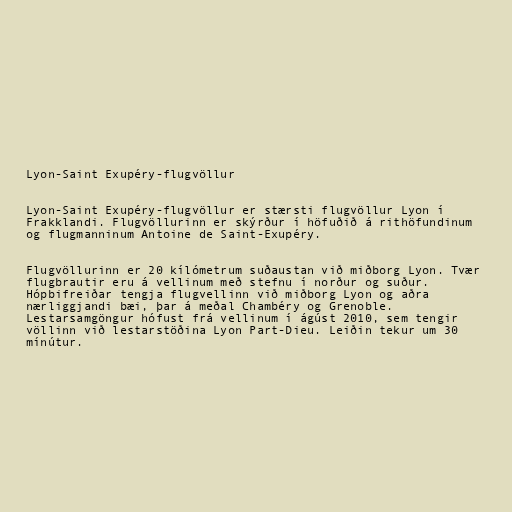
Lyon-Saint Exupéry-flugvöllur

Lyon-Saint Exupéry-flugvöllur er stærsti flugvöllur Lyon í
Frakklandi. Flugvöllurinn er skýrður í höfuðið á rithöfundinum
og flugmanninum Antoine de Saint-Exupéry.

Flugvöllurinn er 20 kílómetrum suðaustan við miðborg Lyon. Tvær
flugbrautir eru á vellinum með stefnu í norður og suður.
Hópbifreiðar tengja flugvellinn við miðborg Lyon og aðra
nærliggjandi bæi, þar á meðal Chambéry og Grenoble.
Lestarsamgöngur hófust frá vellinum í ágúst 2010, sem tengir
völlinn við lestarstöðina Lyon Part-Dieu. Leiðin tekur um 30
mínútur.